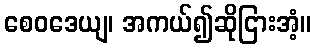
စေဝဒေယျ၊ အကယ်၍ဆိုငြားအံ့။